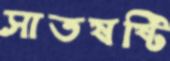
সাতষষ্টি